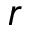
r